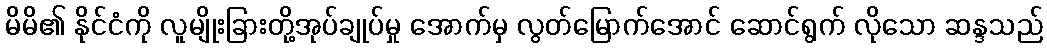
မိမိ၏ နိုင်ငံကို လူမျိုးခြားတို့အုပ်ချုပ်မှု အောက်မှ လွတ်မြောက်အောင် ဆောင်ရွက် လိုသော ဆန္ဒသည်